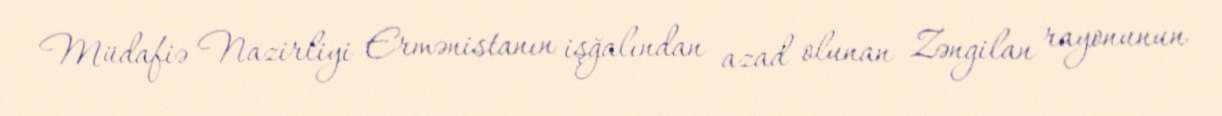
Müdafiə Nazirliyi Ermənistanın işğalından azad olunan Zəngilan rayonunun